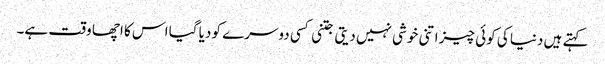
کہتے ہیں دنیا کی کوئی چیز اتنی خوشی نہیں دیتی جتنی کسی دوسرے کو دیا گیا اس کا اچھا وقت ہے۔